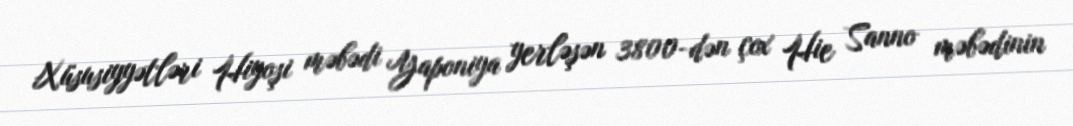
Xüsusiyyətləri Hiyoşi məbədi Yaponiya yerləşən 3800-dən çox Hie Sanno məbədinin